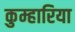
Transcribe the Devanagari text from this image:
कुम्हारिया